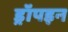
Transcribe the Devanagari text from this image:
ड्रॉपइन